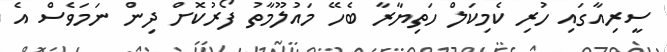
ސީރިއާގައި ހުރި ކެމިކަލް ހަތިޔާރާ ބެހޭ މައުލޫމާތު ފޯރުކޮށް ދިން ނަމަވެސް އެ